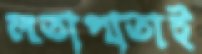
লতাপাতাই